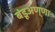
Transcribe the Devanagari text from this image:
बंडूअण्णा